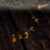
منبوذة